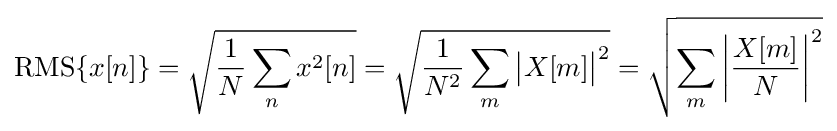
{\text{RMS}}\{x[n]\}={\sqrt {{\frac {1}{N}}\sum _{n}{x^{2}[n]}}}={\sqrt {{\frac {1}{N^{2}}}\sum _{m}{{\bigl |}X[m]{\bigr |}}^{2}}}={\sqrt {\sum _{m}{\left|{\frac {X[m]}{N}}\right|^{2}}}}